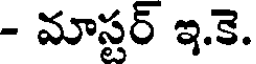
- మాస్టర్ ఇ.కె.